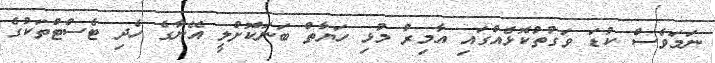
ނަމަވެސް ކުޑަ ވަގުތުކޮޅެއްގައި އާމިރު މުޅި ހަޔާތް ބަނަކޮށްލީ އޭނާގެ ހެދި ޓެސްްޓްތަކުގެ